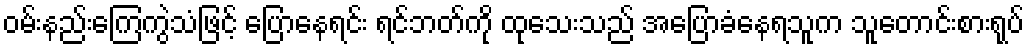
ဝမ်းနည်းကြေကွဲသံဖြင့် ပြောနေရင်း ရင်ဘတ်ကို ထုသေးသည် အပြောခံနေရသူက သူတောင်းစားရုပ်